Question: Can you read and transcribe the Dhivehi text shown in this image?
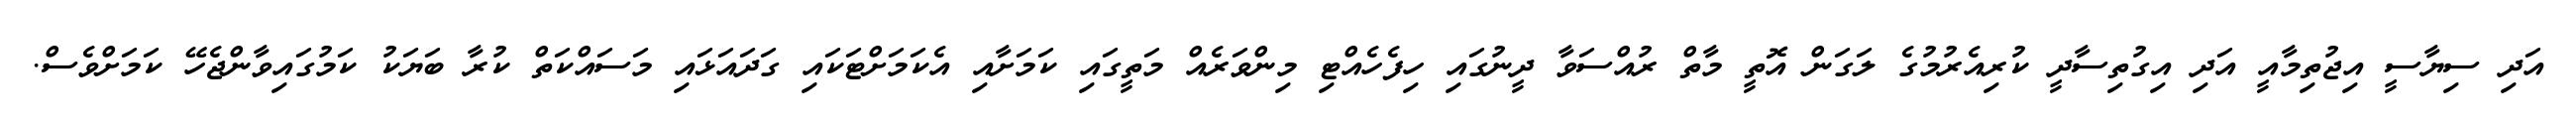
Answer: އަދި ސިޔާސީ އިޖުތިމާއީ އަދި އިގުތިސާދީ ކުރިއެރުމުގެ ލަގަން އޮތީ މާތް ރުއްސަވާ ދީނުގައި ހިފެހެއްޓި މިންވަރެއް މަތީގައި ކަމަށާއި އެކަމަށްޓަކައި ގަދައަޅައި މަސައްކަތް ކުރާ ބަޔަކު ކަމުގައިވާންޖެހޭ ކަމަށްވެސް.